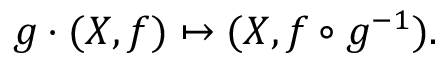
g \cdot ( X , f ) \mapsto ( X , f \circ g ^ { - 1 } ) .